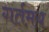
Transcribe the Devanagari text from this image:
गर्तमय